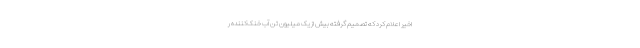
اخیر اعلام کرد که تصمیم گرفته بیش از یک میلیون تن آب‌ خنک‌کننده ر